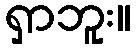
ရှာဘူး။